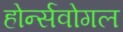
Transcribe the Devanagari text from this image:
होर्न्सवोगल